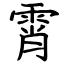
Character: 霄